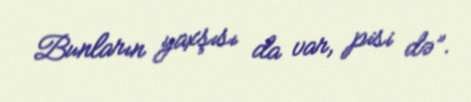
Bunların yaxşısı da var, pisi də”.